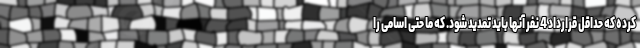
کرده که حداقل قرارداد 4 نفر آنها باید تمدید شود. که ما حتی اسامی را